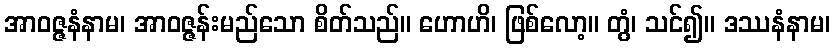
အာဝဇ္ဇနံနာမ၊ အာဝဇ္ဇန်းမည်သော စိတ်သည်။ ဟောဟိ၊ ဖြစ်လော့။ တွံ၊ သင်၍။ ဒဿနံနာမ၊